Vaccine operations Central Provinces 1886-1899 - 1886-1899
Year: 1886
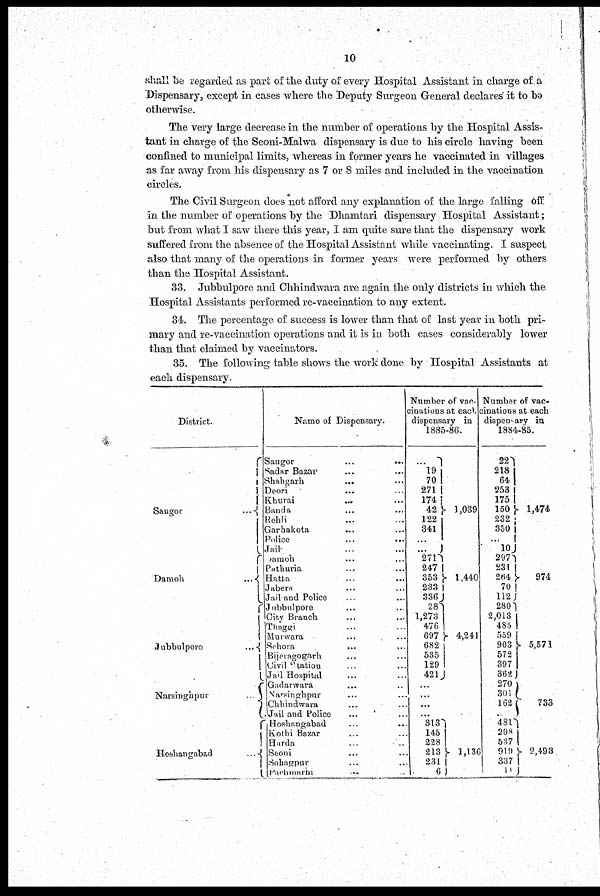
10
shall be regarded as part of the duty of every Hospital Assistant in charge of a
Dispensary, except in cases where the Deputy Surgeon General declares' it to be
otherwise.
The very large decrease in the number of operations by the Hospital Assis-
tant in charge of the Seoni-Malwa dispensary is due to his circle having been
confined to municipal limits, whereas in former years he vaccinated in villages
as far away from his dispensary as 7 or 8 miles and included in the vaccination
circles.
The Civil Surgeon does not afford any explanation of the large falling off
in the number of operations by the Dhamtari dispensary Hospital Assistant;
but from what I saw there this year, I am quite sure that the dispensary work
suffered from the absence of the Hospital Assistant while vaccinating. I suspect
also that many of the operations in former years were performed by others
than the Hospital Assistant.
33. Jubbulpore and Chhindwara are again the only districts in which the
Hospital Assistants performed re-vaccination to any extent.
34.The percentage of success is lower than that of last year in both pri-
mary and re-vaccination operations and it is in both cases considerably lower
than that claimed by vaccinators.
35. The following table shows the work done by Hospital Assistants at
each dispensary.
District.
Saugor
...
Damoh
...
Jubbulporo
... ...
Narsingapur
...
Hoshangabad
...
Name of Dispensary.
Saugor
...
...
Sadar Bazar ... ...
Shahgarh ... ...
Deori
... ...
Khurai ... ...
Banda ... ...
Rehli ... ...
Garhakota ... ...
Police
...
...
Jail ... ...
Damoh ... ...
Pathuria ... ...
Hatta
...
...
Jabera ... ...
Jail and Police ... ...
Jubbulpore ... ...
City Branch ... ...
Thaggi ... ...
Murwara ... ...
Sehora
... ...
Bijeragogarh ... ...
Civil Station ... ...
Jail Hospital ... ...
Gadarwara
... ...
Narsinghpur ... ...
Chhindwara ... ...
Jail and Police ... ...
Hoshangabad ... ...
Kothi Bazar ... ...
Harda ... ...
Seoni ... ...
Sohagpur ... ...
Pachmarhi ... ...
Number of vac-
cinations at each
dispensary in
1885-86.
...
19
70
271
174
42
122
341
...
...
271
247
353
233
336
28
1,273
476
697
682
535
129
421
...
...
...
...
313
145
228
213
231
6
1,039
1,440
4,241
1,136
Number of vac-
cinations at each
dispensary in
1884-85.
22
218
64
253
175
150
232
350
...
10
297
231
264
70
112
280
2,013
485
559
903
572
397
362
270
301
162
481
208
537
919
337
11
1,474
974
5,571
733
2,493